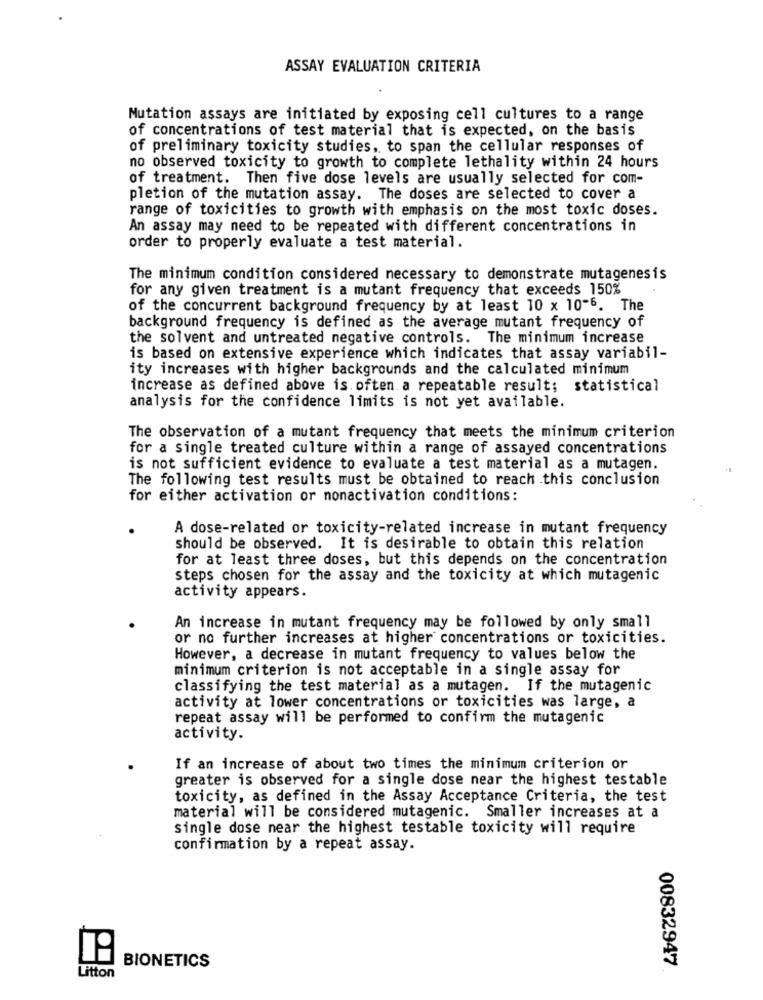
ASSAY EVALUATION CRITERIA
Mutation assays are initiated by exposing cell cultures to a range
of concentrations of test material that is expected, on the basis
of preliminary toxicity studies, to span the cellular responses of
no observed toxicity to growth to complete lethality within 24 hours
of treatment. Then five dose levels are usually selected for com-
pletion of the mutation assay. The doses are selected to cover a
range of toxicities to growth with emphasis on the most toxic doses.
An assay may need to be repeated with different concentrations in
order to properly evaluate a test material.
The minimum condition considered necessary to demonstrate mutagenesis
for any given treatment is a mutant frequency that exceeds 150%
of the concurrent background frequency by at least 10 x 10-6. The
background frequency is defined as the average mutant frequency of
the solvent and untreated negative controls. The minimum increase
is based on extensive experience which indicates that assay variabil-
ity increases with higher backgrounds and the calculated minimum
increase as defined above is. often a repeatable result; statistical
analysis for the confidence limits is not yet available.
The observation of a mutant frequency that meets the minimum criterion
for a single treated culture within a range of assayed concentrations
is not sufficient evidence to evaluate a test material as a mutagen.
The following test results must be obtained to reach this conclusion
for either activation or nonactivation conditions:
A dose-related or toxicity-related increase in mutant frequency
should be observed. It is desirable to obtain this relation
for at least three doses, but this depends on the concentration
steps chosen for the assay and the toxicity at which mutagenic
activity appears.
An increase in mutant frequency may be followed by only small
or no further increases at higher concentrations or toxicities.
However, a decrease in mutant frequency to values below the
minimum criterion is not acceptable in a single assay for
classifying the test material as a mutagen. If the mutagenic
activity at lower concentrations or toxicities was large, a
repeat assay will be performed to confirm the mutagenic
activity.
If an increase of about two times the minimum criterion or
greater is observed for a single dose near the highest testable
toxicity, as defined in the Assay Acceptance Criteria, the test
material will be considered mutagenic. Smaller increases at a
single dose near the highest testable toxicity will require
confirmation by a repeat assay.
00832947
Litton
BIONETICS